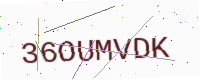
Text: 36OUMVDK